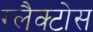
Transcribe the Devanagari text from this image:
ग्लैक्टोस